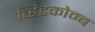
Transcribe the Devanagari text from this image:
व्हिटकोम्ब